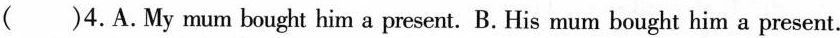
( )4.A.My mum bought him a present. B. His mum bought him a present.